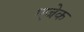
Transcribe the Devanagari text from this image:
एजेक